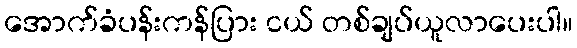
အောက်ခံပန်းကန်ပြား ငယ် တစ်ချပ်ယူလာပေးပါ။